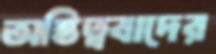
অস্তিত্ববাদের